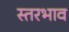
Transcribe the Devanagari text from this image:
स्तरभाव